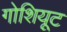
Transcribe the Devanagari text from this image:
गोशियूट